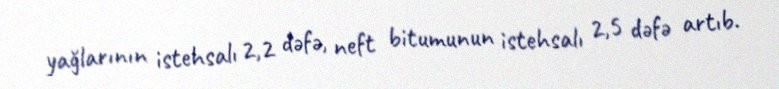
yağlarının istehsalı 2,2 dəfə, neft bitumunun istehsalı 2,5 dəfə artıb.